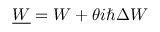
\underline { { W } } = W + \theta i \hbar \Delta W